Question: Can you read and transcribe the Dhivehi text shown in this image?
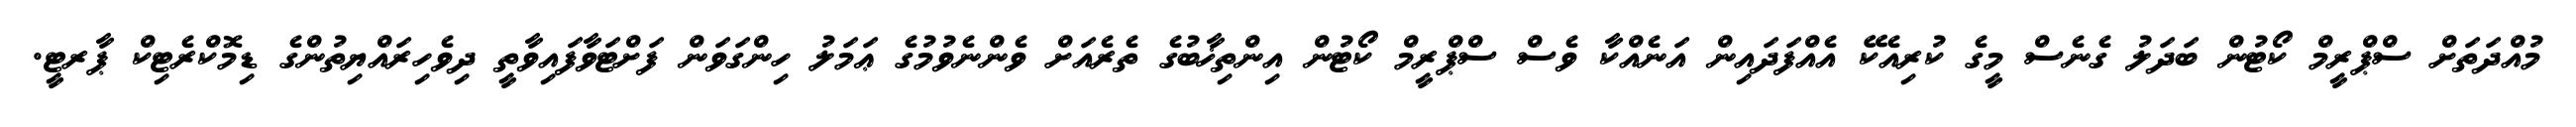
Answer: މުއްދަތަށް ސްޕްރީމް ކޯޓުން ބަދަލު ގެނެސް މީގެ ކުރިއެކޭ އެއްފަދައިން އަނެއްކާ ވެސް ސްޕްރީމް ކޯޓުން އިންތިޚާބުގެ ތެރެއަށް ވެންނެވުމުގެ ޢަމަލު ހިންގަވަން ފަށްޓަވާފައިވާތީ ދިވެހިރައްޔިތުންގެ ޑިމޮކްރެޓިކް ޕާރޓީ.